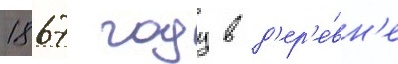
1867 году в д'ер'е́вн'е